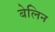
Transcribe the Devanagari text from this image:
बेलिन